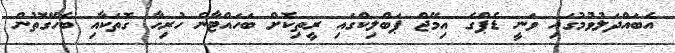
އެބައްދަލުވުމުގައި ވަނީ ޑެޕްގެ އިމޭޖް ޕަބްލިކްގައި ރީތިކޮށް ބަހައްޓާނެ ހުރިހާ ގޮތަކާއި ބެހޭގޮތުން